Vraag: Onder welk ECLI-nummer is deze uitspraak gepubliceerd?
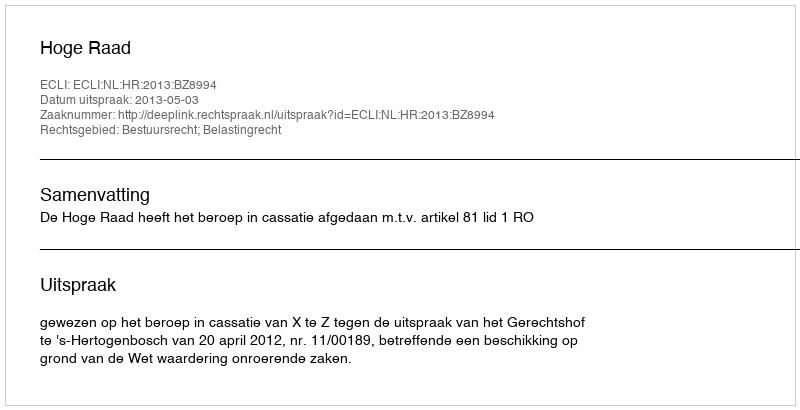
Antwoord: ECLI:NL:HR:2013:BZ8994